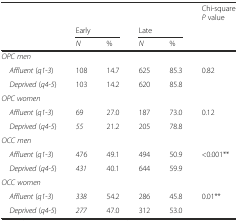
<table><thead><tr><td>[EMPTY_CELL]</td><td>[EMPTY_CELL]</td><td>[EMPTY_CELL]</td><td>[EMPTY_CELL]</td><td>[EMPTY_CELL]</td><td><b>Chi-square <i>P</i> value</b></td></tr><tr><td>[EMPTY_CELL]</td><td colspan="2"><b>Early</b></td><td colspan="2"><b>Late</b></td><td>[EMPTY_CELL]</td></tr><tr><td>[EMPTY_CELL]</td><td><b><i>N</i></b></td><td><b>%</b></td><td><b><i>N</i></b></td><td><b>%</b></td><td>[EMPTY_CELL]</td></tr></thead><tbody><tr><td colspan="5"><i>OPC men</i></td><td>[EMPTY_CELL]</td></tr><tr><td> <i>Affluent</i> (<i>q1</i>-<i>3</i>)</td><td>108</td><td>14.7</td><td>625</td><td>85.3</td><td rowspan="2">0.82</td></tr><tr><td> <i>Deprived</i> (<i>q4</i>-<i>5</i>)</td><td>103</td><td>14.2</td><td>620</td><td>85.8</td></tr><tr><td colspan="5"><i>OPC women</i></td><td>[EMPTY_CELL]</td></tr><tr><td> <i>Affluent</i> (<i>q1</i>-<i>3</i>)</td><td>69</td><td>27.0</td><td>187</td><td>73.0</td><td rowspan="2">0.12</td></tr><tr><td> <i>Deprived</i> (<i>q4</i>-<i>5</i>)</td><td><i>55</i></td><td>21.2</td><td>205</td><td>78.8</td></tr><tr><td colspan="5"><i>OCC men</i></td><td>[EMPTY_CELL]</td></tr><tr><td> <i>Affluent</i> (<i>q1</i>-<i>3</i>)</td><td>476</td><td>49.1</td><td>494</td><td>50.9</td><td rowspan="2">&lt;0.001**</td></tr><tr><td> <i>Deprived</i> (<i>q4</i>-<i>5</i>)</td><td><i>431</i></td><td>40.1</td><td>644</td><td>59.9</td></tr><tr><td colspan="5"><i>OCC women</i></td><td>[EMPTY_CELL]</td></tr><tr><td> <i>Affluent</i> (<i>q1</i>-<i>3</i>)</td><td><i>338</i></td><td>54.2</td><td>286</td><td>45.8</td><td rowspan="2">0.01**</td></tr><tr><td> <i>Deprived</i> (<i>q4</i>-<i>5</i>)</td><td><i>277</i></td><td>47.0</td><td>312</td><td>53.0</td></tr></tbody></table>